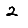
Digit: 2